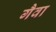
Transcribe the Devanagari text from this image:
गैवा